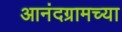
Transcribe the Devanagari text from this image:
आनंदग्रामच्या